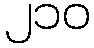
၂၁၀